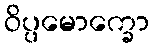
ဝိပ္ပမောက္ခော